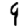
Digit: 9